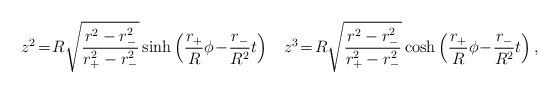
LaTeX: \begin{align*}z^{2}\!=\!R\sqrt{\frac{r^{2}-r_{-}^{2}}{r^{2}_{+}-r^{2}_{-}}}\sinh \left( \frac{r_{+}}{R}\phi\!-\!\frac{r_{-}}{R^2}t \right)\;\;\;z^{3}\!=\!R\sqrt{\frac{r^{2}-r_{-}^{2}}{r^{2}_{+}-r^{2}_{-}}}\cosh \left( \frac{r_{+}}{R}\phi\!-\!\frac{r_{-}}{R^2}t \right) ,\end{align*}